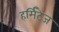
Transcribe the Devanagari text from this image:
हर्मिटेज